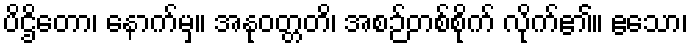
ပိဌိတော၊ နောက်မှ။ အနုဝတ္တတိ၊ အစဉ်တစ်စိုက် လိုက်၏။ ဧသော၊